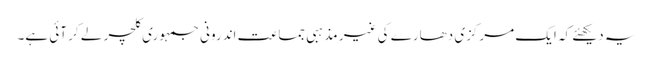
یہ دیکھئے کہ ایک مرکزی دھارے کی غیر مذہبی جماعت اندرونی جمہوری کلچر لے کر آئی ہے۔